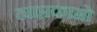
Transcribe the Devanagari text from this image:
ह्याप्तकामो